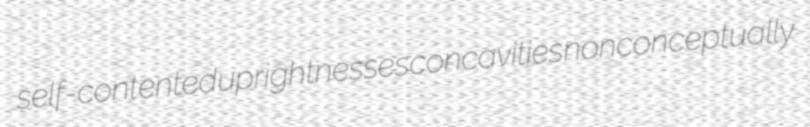
self-contented uprightnesses concavities nonconceptually